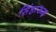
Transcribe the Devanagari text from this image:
सिंहारूढ़